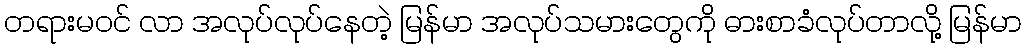
တရားမဝင် လာ အလုပ်လုပ်နေတဲ့ မြန်မာ အလုပ်သမားတွေကို ဓားစာခံလုပ်တာလို့ မြန်မာ